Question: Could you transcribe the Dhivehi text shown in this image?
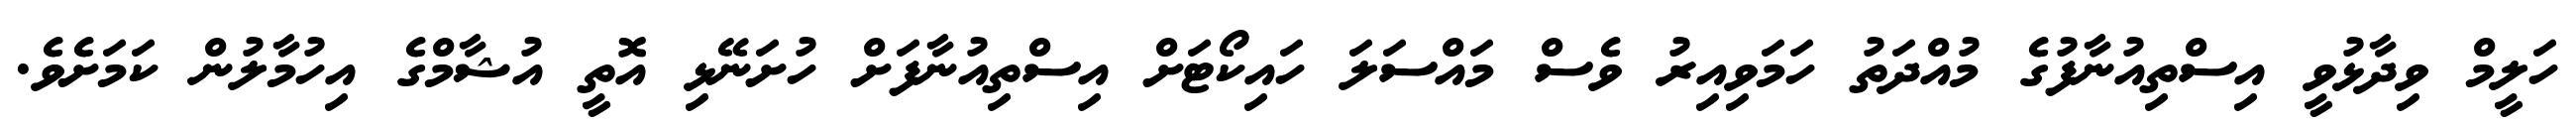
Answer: ހަލީމް ވިދާޅުވީ އިސްތިއުނާފުގެ މުއްދަތު ހަމަވިއިރު ވެސް މައްސަލަ ހައިކޯޓަށް އިސްތިއުނާފަށް ހުށަނޭޅި އޮތީ އުޝާމްގެ އިހުމާލުން ކަމަށެވެ.